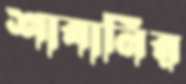
শাবানির